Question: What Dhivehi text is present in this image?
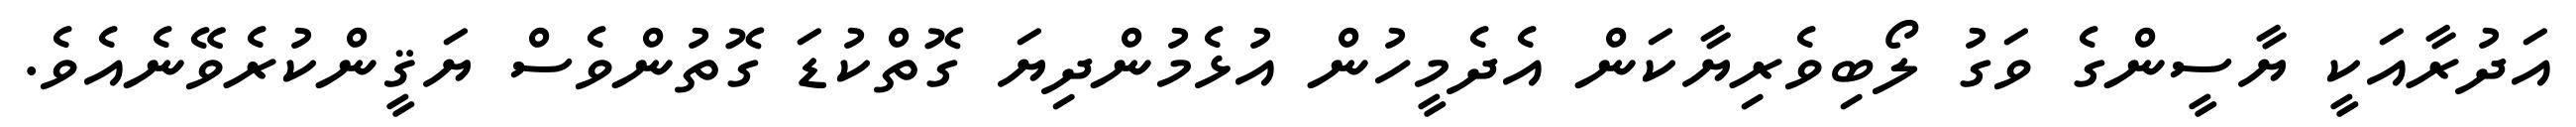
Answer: އަދުރާއަކީ ޔާސީންގެ ވަގު ލޯބިވެރިޔާކަން އެދެމީހުން އުޅެމުންދިޔަ ގޮތްކުޑަ ގޮތުންވެސް ޔަޤީންކުރެވޭނެއެވެ.